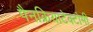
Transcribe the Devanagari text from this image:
पैनक्रियाटेक्टोमी